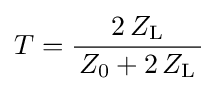
T={\frac {2\,Z_{\mathrm {L} }}{\,Z_{0}+2\,Z_{\mathrm {L} }\,}}